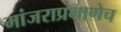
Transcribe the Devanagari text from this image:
मांजराप्रमाणेच